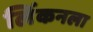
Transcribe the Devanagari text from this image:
लिंकनला